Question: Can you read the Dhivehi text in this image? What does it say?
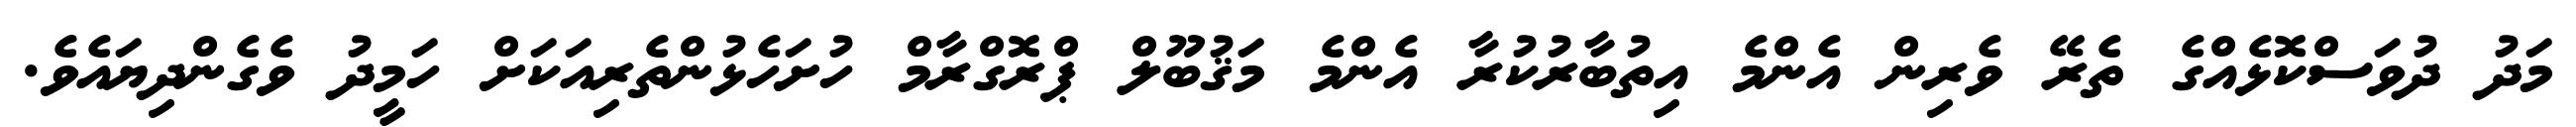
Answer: މަދު ދުވަސްކޮޅެއްގެ ތެރޭ ވެރިން އެންމެ އިތުބާރުކުރާ އެންމެ މަޤުބޫލް ޕްރޮގްރާމް ހުށަހެޅުންތެރިއަކަށް ހަމީދު ވެގެންދިޔައެވެ.